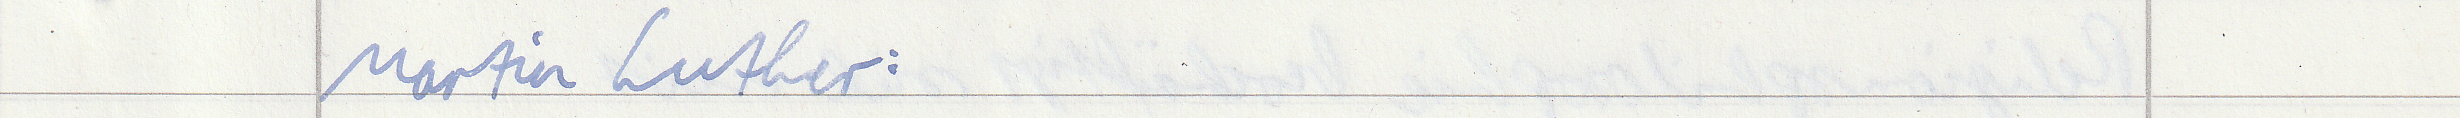
Martin Luther: